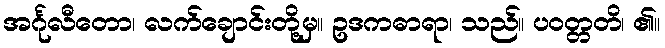
အင်္ဂုလီတော၊ လက်ချောင်းတို့မှ။ ဥဒကဓာရာ၊ သည်။ ပဝတ္တတိ၊ ၏။